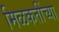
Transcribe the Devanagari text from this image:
मिळकतींच्या